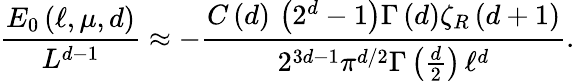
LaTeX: \frac{E_{0}\left(\ell,\mu,d\right)}{L^{d-1}}\approx-\frac{C\left(d\right)\, \left(2^{d}-1\right)\Gamma\left(d\right)\zeta_{R}\left(d+1\right)}{2^{3d-1}\pi^{d/2}\Gamma\left(\frac{d}{2}\right)\, \ell^{d}}.